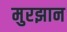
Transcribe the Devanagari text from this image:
मुरझान